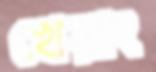
খেয়াং